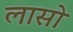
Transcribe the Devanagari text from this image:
लासो